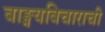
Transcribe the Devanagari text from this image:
वाङ्मयविचाराची